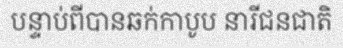
បន្ទាប់ពីបានឆក់កាបូប នារីជនជាតិ